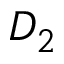
D _ { 2 }